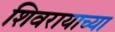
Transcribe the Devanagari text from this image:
शिवरायाच्या